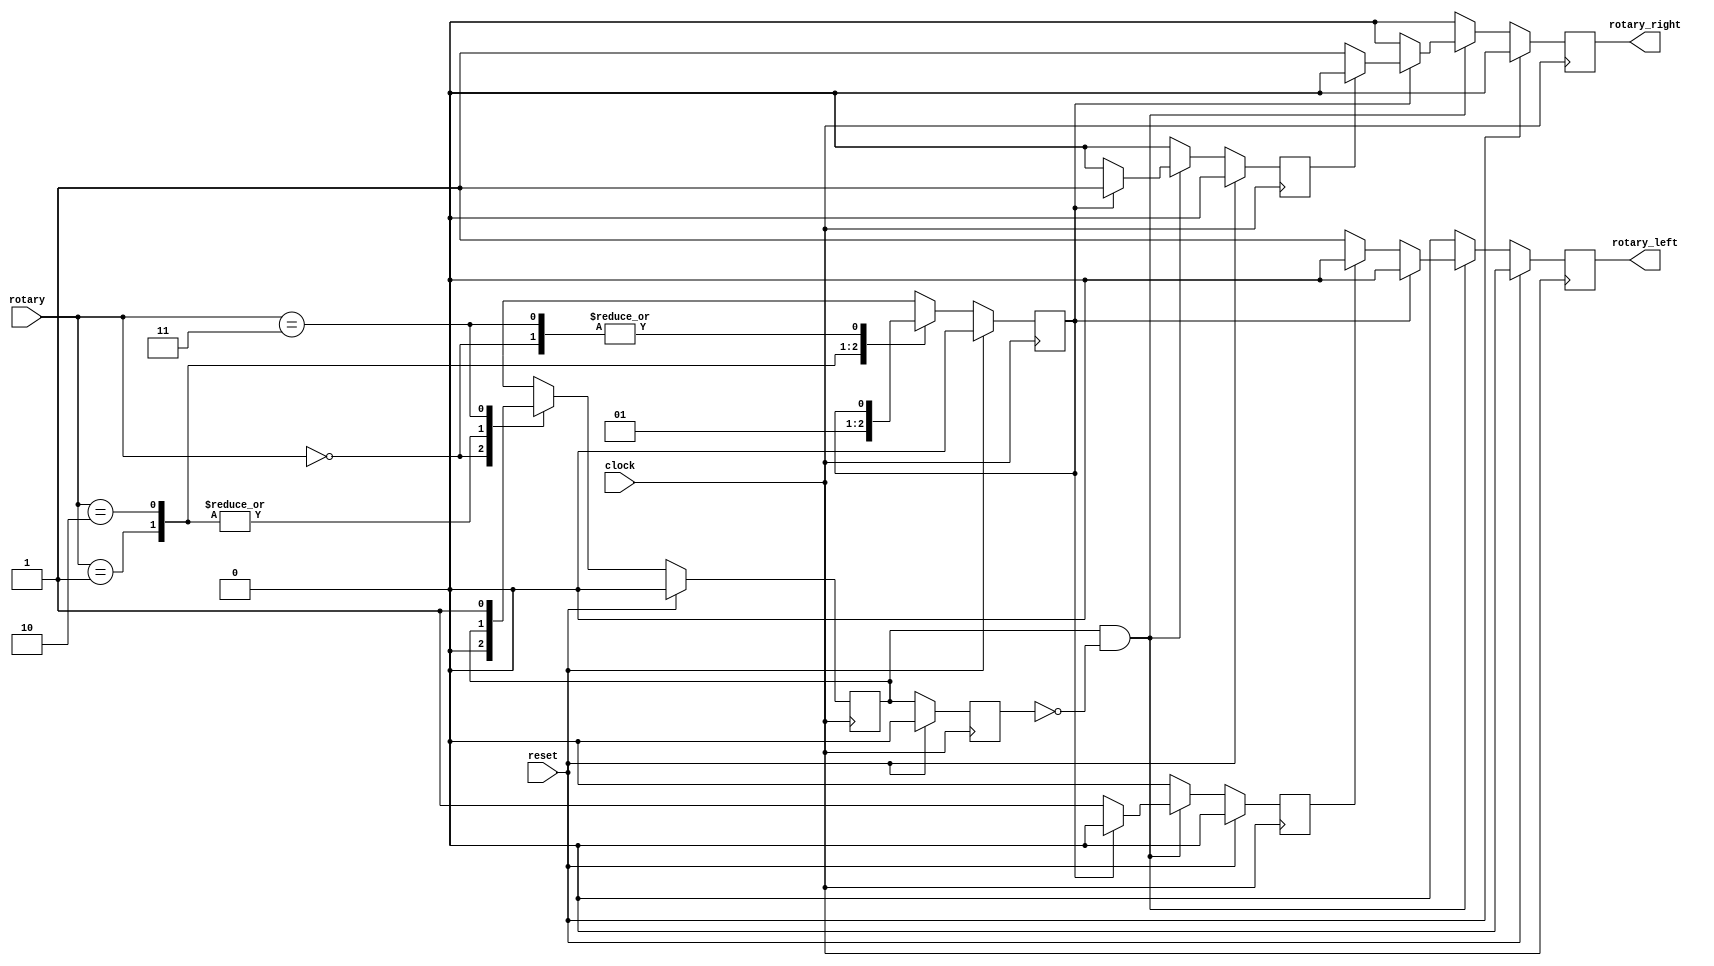
module RotaryInterface(clock,reset,rotary,rotary_left,rotary_right);
   input wire       clock;
   input wire       reset;
   
   input wire [1:0] rotary;

   output wire      rotary_left;
   output wire      rotary_right;

   reg              s_Filter1;
   reg              s_Filter2;
   reg              s_Filter1Delay;
   reg              s_RotaryLeft;
   reg              s_DoneRotaryLeft;
   reg              s_RotaryRight;
   reg              s_DoneRotaryRight;

   assign rotary_left = s_RotaryLeft;
   assign rotary_right = s_RotaryRight;

   always @ (posedge clock) begin
      if (reset) begin
         s_Filter1 <= 0;
         s_Filter2 <= 0;
      end
      else begin
         case (rotary)
           2'b00: begin
              s_Filter1 <= 0;
              s_Filter2 <= s_Filter2;
           end

           2'b01: begin
              s_Filter1 <= s_Filter1;
              s_Filter2 <= 0;
           end

           2'b10: begin
              s_Filter1 <= s_Filter1;
              s_Filter2 <= 1;
           end

           2'b11: begin
              s_Filter1 <= 1;
              s_Filter2 <= s_Filter2;
           end

           default: begin
              s_Filter1 <= s_Filter1;
              s_Filter2 <= s_Filter2;
           end
         endcase // case (rotary)
      end
   end // always @ (posedge clock)

   always @ (posedge clock) begin
      if (reset) begin
         s_Filter1Delay    <= 0;
         s_RotaryLeft      <= 0;
         s_DoneRotaryLeft  <= 0;
         s_RotaryRight     <= 0;
         s_DoneRotaryRight <= 0;
      end
      else begin
         if (s_Filter1 && !s_Filter1Delay) begin
            if (s_Filter2) begin
               if (!s_DoneRotaryRight) begin
                  s_Filter1Delay    <= s_Filter1;
                  s_RotaryLeft      <= 0;
                  s_DoneRotaryLeft  <= 0;
                  s_RotaryRight     <= 1;
                  s_DoneRotaryRight <= 1;
               end
               else begin
                  s_Filter1Delay    <= s_Filter1;
                  s_RotaryLeft      <= 0;
                  s_DoneRotaryLeft  <= 0;
                  s_RotaryRight     <= 0;
                  s_DoneRotaryRight <= 1;
               end // else: !if(!s_DoneRotaryRight)
            end // if (s_Filter2)
            else begin
               if (!s_DoneRotaryLeft) begin
                  s_Filter1Delay    <= s_Filter1;
                  s_RotaryLeft      <= 1;
                  s_DoneRotaryLeft  <= 1;
                  s_RotaryRight     <= 0;
                  s_DoneRotaryRight <= 0;
               end
               else begin
                  s_Filter1Delay    <= s_Filter1;
                  s_RotaryLeft      <= 0;
                  s_DoneRotaryLeft  <= 1;
                  s_RotaryRight     <= 0;
                  s_DoneRotaryRight <= 0;
               end // else: !if(!s_DoneRotaryLeft)
            end // else: !if(s_Filter2)
         end // if (s_Filter1 && !s_Filter1Delay)
         else begin
            s_Filter1Delay    <= s_Filter1;
            s_RotaryLeft      <= 0;
            s_DoneRotaryLeft  <= 0;
            s_RotaryRight     <= 0;
            s_DoneRotaryRight <= 0;
         end // else: !if(s_Filter1 && !s_Filter1Delay)
      end // else: !if(reset)
   end // always @ (posedge clock)
endmodule